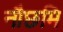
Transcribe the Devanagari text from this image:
नौछमि